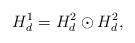
LaTeX: \begin{align*} H^1_d = H^2_d \odot H^2_d,\end{align*}